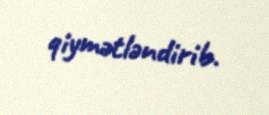
qiymətləndirib.